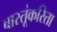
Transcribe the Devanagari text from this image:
वास्तूंकरिता